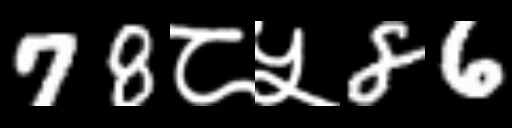
Text: 78८५86